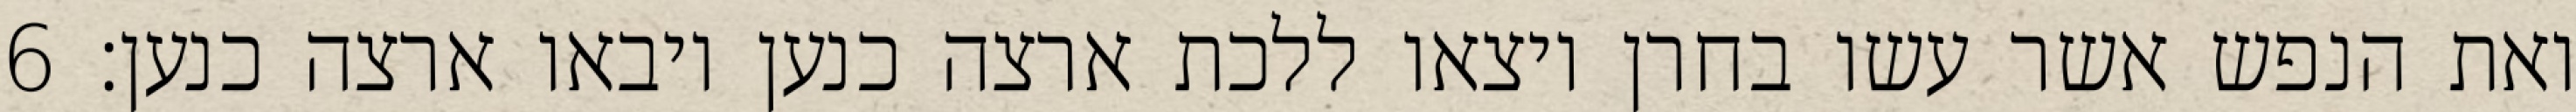
ואת הנפש אשר עשו בחרן ויצאו ללכת ארצה כנען ויבאו ארצה כנען׃ ‎6‏